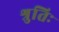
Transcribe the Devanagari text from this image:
श्रुतिः